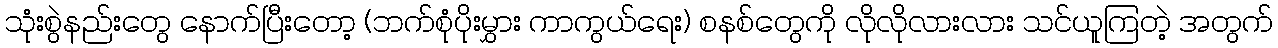
သုံးစွဲနည်းတွေ နောက်ပြီးတော့ (ဘက်စုံပိုးမွှား ကာကွယ်ရေး) စနစ်တွေကို လိုလိုလားလား သင်ယူကြတဲ့ အတွက်